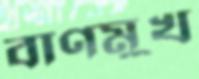
বাণমুখ